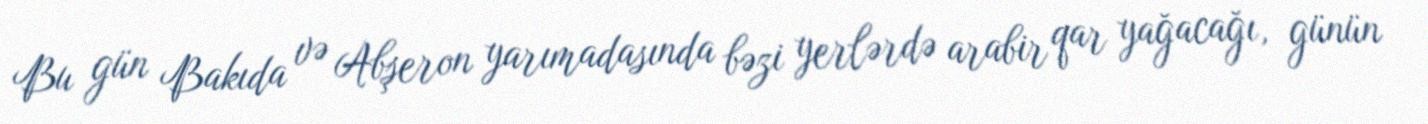
Bu gün Bakıda və Abşeron yarımadasında bəzi yerlərdə arabir qar yağacağı, günün